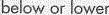
below or lower